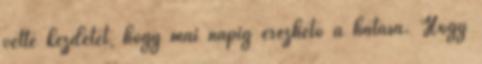
vette kezdetét, hogy mai napig érezhető a hatása. Hogy